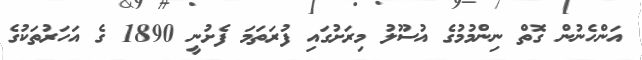
އަންހެނުން ގޮތް ނިންމުމުގެ އުސޫލު މިރަށުގައި ފުރަތަމަ ފެށުނީ 1890 ގެ އަހަރުތަކުގެ